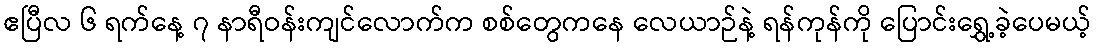
ဧပြီလ ၆ ရက်နေ့ ၇ နာရီဝန်းကျင်လောက်က စစ်တွေကနေ လေယာဉ်နဲ့ ရန်ကုန်ကို ပြောင်းရွှေ့ခဲ့ပေမယ့်